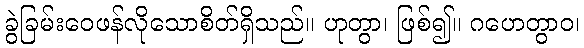
ခွဲခြမ်းဝေဖန်လိုသောစိတ်ရှိသည်။ ဟုတွာ၊ ဖြစ်၍။ ဂဟေတွာဝ၊